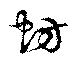
蚌